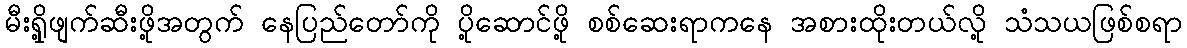
မီးရှို့ဖျက်ဆီးဖို့အတွက် နေပြည်တော်ကို ပို့ဆောင်ဖို့ စစ်ဆေးရာကနေ အစားထိုးတယ်လို့ သံသယဖြစ်စရာ